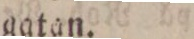
gatan.